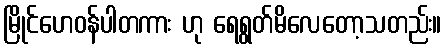
မြိုင်ဟေဝန်ပါတကား ဟု ရေရွတ်မိလေတော့သတည်း။